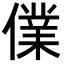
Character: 㒒